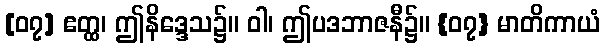
[၀၇] ဧတ္ထ၊ ဤနိဒ္ဒေသ၌။ ဝါ၊ ဤပဒဘာဇနီ၌။ {၀၇} မာတိကာယံ